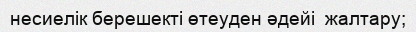
несиелік берешекті өтеуден әдейі  жалтару;